Annual administration and progress report of the Indian Medical Department, Bombay
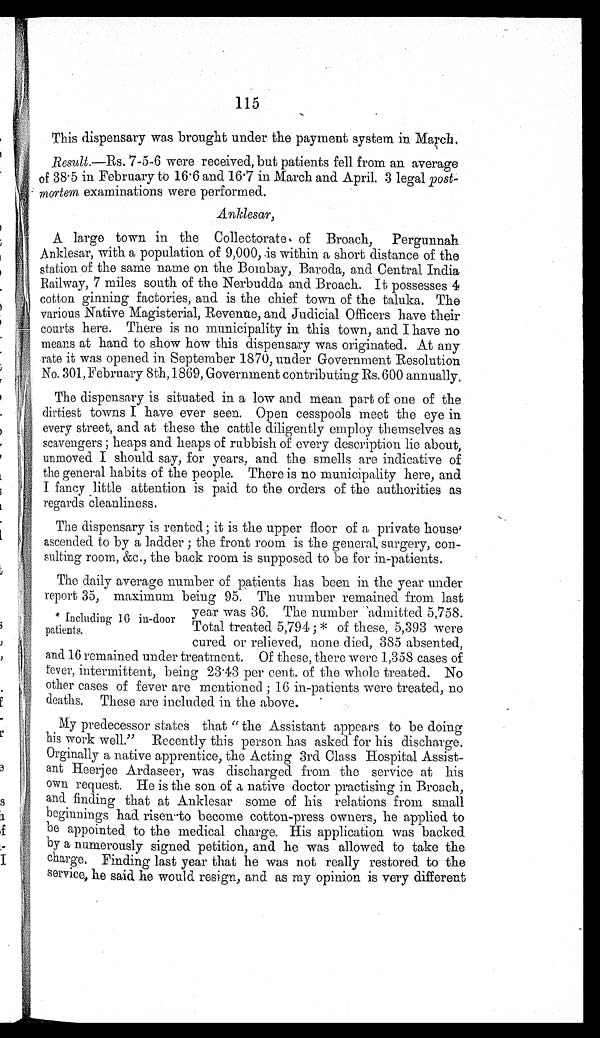
115
This dispensary was brought under the payment system in March.
Result.—Rs. 7-5-6 were received, but patients fell from an average
of 38.5 in February to 16.6 and 16.7 in March and April, 3 legal post-
mortem examinations were performed.
Anklesar,
A large town in the Collectorate of Broach, Pergunnah
Anklesar, with a population of 9,000, is within a short distance of the
station of the same name on the Bombay, Baroda, and Central India
Railway, 7 miles south of the Nerbudda and Broach. It possesses 4
cotton ginning factories, and is the chief town of the taluka. The
various Native Magisterial, Revenue, and Judicial Officers have their
courts here. There is no municipality in this town, and I have no
means at hand to show how this dispensary was originated. At any
rate it was opened in September 1870, under Government Resolution
No. 301,February 8th, 1869, Government contributing Rs. 600 annually.
The dispensary is situated in a low and mean part of one of the
dirtiest towns I have ever seen. Open cesspools meet the eye in
every street, and at these the cattle diligently employ themselves as
scavengers; heaps and heaps of rubbish of every description lie about,
unmoved I should say, for years, and the smells are indicative of
the general habits of the people. There is no municipality here, and
I fancy little attention is paid to the orders of the authorities as
regards cleanliness.
The dispensary is rented; it is the upper floor of a private house
ascended to by a ladder; the front room is the general surgery, con-
sulting room, &c., the back room is supposed to be for in-patients.
The daily average number of patients has been in the year under
report 35, maximum being 95. The number remained from last
* Including 16 in-door
patients.
year was 36. The number admitted 5,758.
Total treated 5,794;* of these, 5,393 were
cured or relieved, none died, 385 absented
, a n d 1 6 r e m a i n e d u n d e r t r e a t m e n t . O f t h e s e , t h e r e w e r e 1 , 3 5 8 c a s e s o f
fever, intermittent, being 23.43 per cent. of the whole treated. No
other cases of fever are mentioned; 16 in-patients were treated, no
deaths. These are included in the above.
My predecessor stated that "the Assistant appears to be doing
his work well." Recently this person has asked for his discharge.
Orginally a native apprentice, the Acting 3rd Class Hospital Assist-
ant Heerjee Ardaseer, was discharged from the service at his
own request. He is the son of a native doctor practising in Broach,
and finding that at Anklesar some of his relations from small
beginnings had risen to become cotton-press owners, he applied to
be appointed to the medical charge. His application was backed
by a numerously signed petition, and he was allowed to take the
charge. Finding last year that he was not really restored to the
service, he said he would resign, and as my opinion is very different